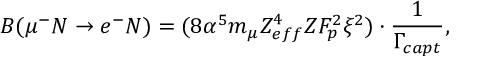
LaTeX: B ( \mu ^ { - } N \rightarrow e ^ { - } N ) = ( 8 \alpha ^ { 5 } m _ { \mu } Z _ { e f f } ^ { 4 } Z F _ { p } ^ { 2 } \xi ^ { 2 } ) \cdot { \frac { 1 } { \Gamma _ { c a p t } } } ,